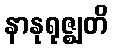
နာနုရုဇ္ဈတိ